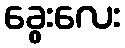
ခွေးလေး